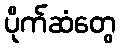
ပိုက်ဆံတွေ